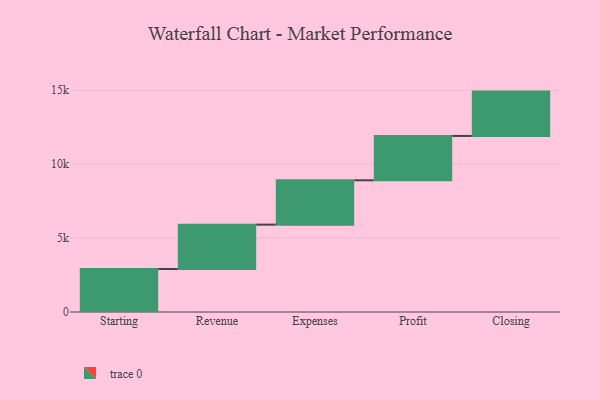
{"axis": {"x": "Step", "y": "Value"}, "legend": [""], "data": [{"x": "Starting", "y": 2910.0, "type": ""}, {"x": "Revenue", "y": 3000, "type": ""}, {"x": "Expenses", "y": 3000, "type": ""}, {"x": "Profit", "y": 3000, "type": ""}, {"x": "Closing", "y": 3000, "type": ""}]}